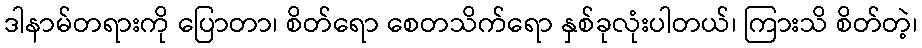
ဒါနာမ်တရားကို ပြောတာ၊ စိတ်ရော စေတသိက်ရော နှစ်ခုလုံးပါတယ်၊ ကြားသိ စိတ်တဲ့၊